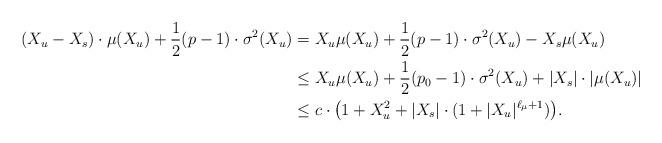
LaTeX: \begin{align*}\begin{aligned}(X_u-X_s)\cdot \mu(X_u) + \frac{1}{2} (p-1) \cdot\sigma^2(X_u) & = X_u\mu(X_u) + \frac{1}{2} (p-1)\cdot \sigma^2(X_u) - X_s\mu(X_u)\\& \le X_u\mu(X_u) + \frac{1}{2} (p_0-1)\cdot \sigma^2(X_u) + |X_s|\cdot |\mu(X_u)| \\& \le c\cdot \bigl( 1+X_u^2 + |X_s|\cdot (1 + |X_u|^{\ell_\mu+1})\bigr).\end{aligned}\end{align*}